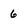
Character: 6